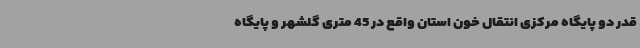
قدر دو پایگاه مرکزی انتقال خون استان واقع در 45 متری گلشهر و پایگاه